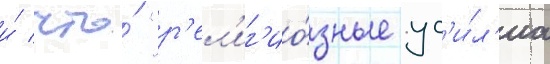
и́ что́ "р'ел'иг'ио́зные ус'и́л'иа